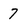
Character: 7